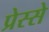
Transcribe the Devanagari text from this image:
प्रेस्से